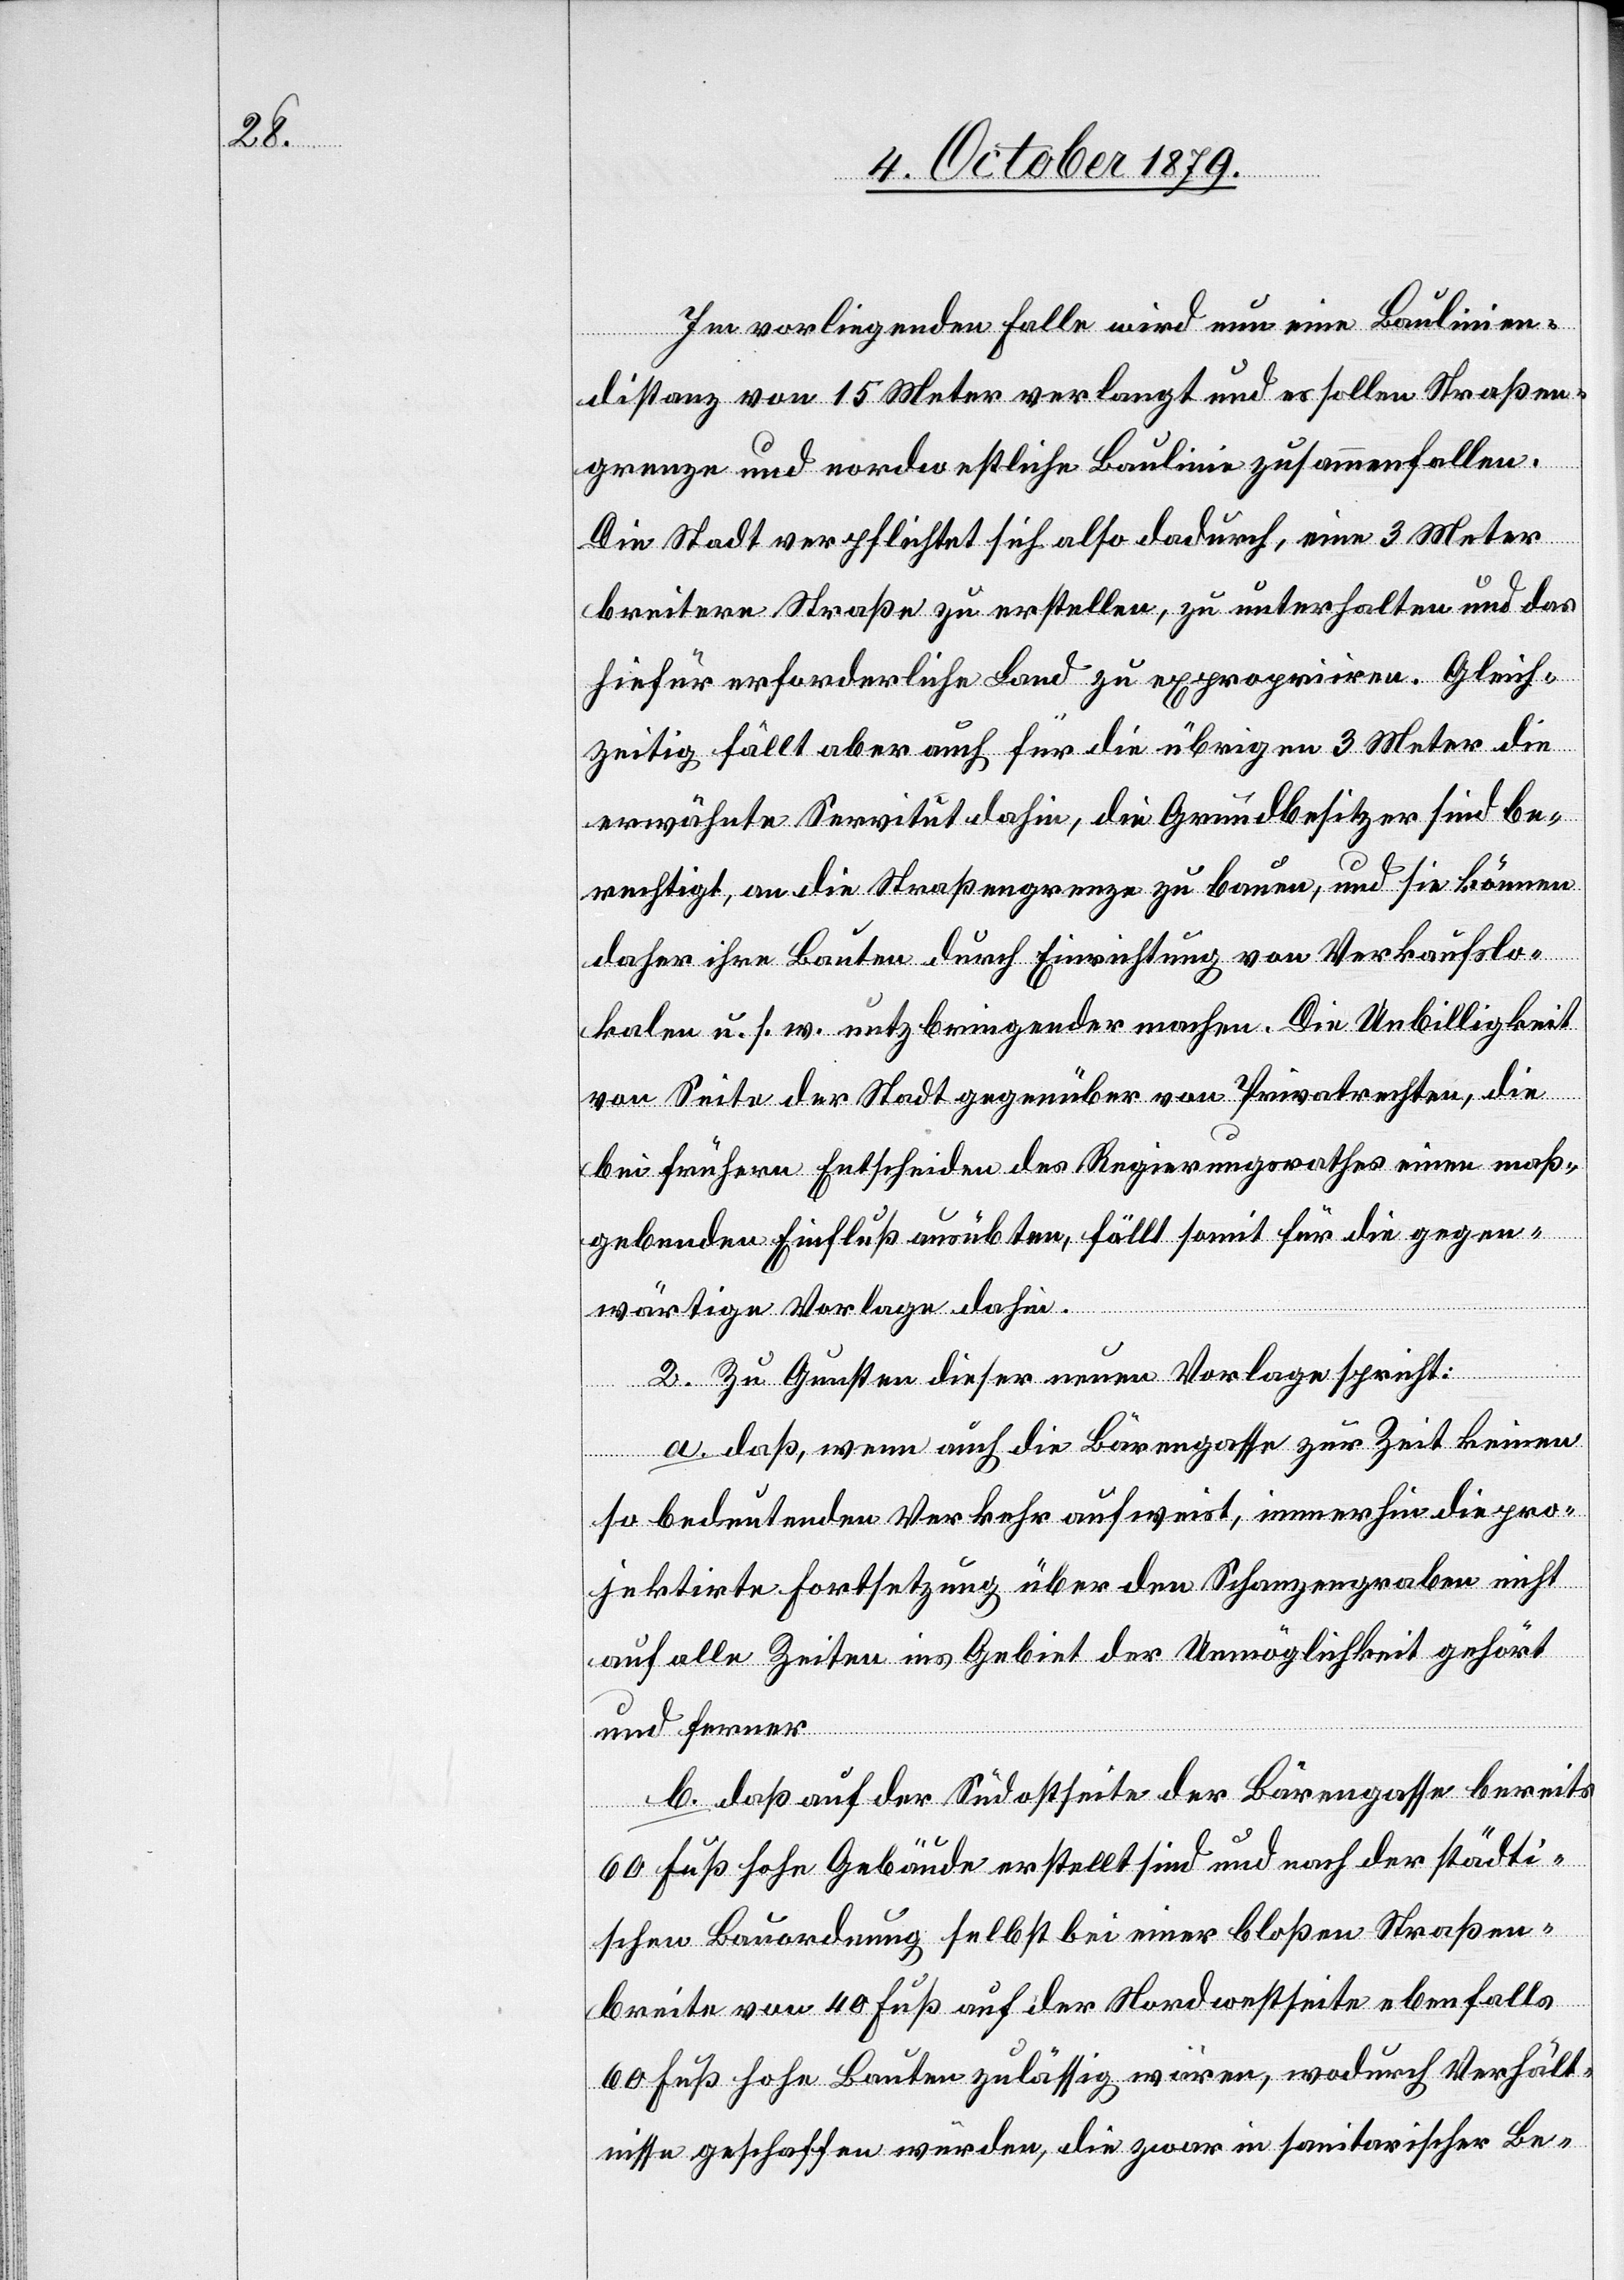
Im vorliegenden Falle wird nun eine Baulinien¬
distanz von 15 Meter verlangt und es sollen Straßen¬
grenze und nordwestliche Baulinie zusammenfallen.
Die Stadt verpflichtet sich also dadurch, eine 3 Meter
breitere Straße zu erstellen, zu unterhalten und das
hiefür erforderliche Land zu expropriiren. Gleich¬
zeitig fällt aber auch für die übrigen 3 Meter die
erwähnte Servitut dahin, die Grundbesitzer sind be¬
rechtigt, um die Straßengrenze zu bauen, und sie können
daher ihre Bauten durch Einrichtung von Verkaufslo¬
kalen u. s. w nutzbringender machen. Die Unbilligkeit
von Seite der Stadt gegenüber von Privatrechten, die
bei frühern Entscheiden des Regierungsrathes einen maß¬
gebenden Einfluß ausübten, fällt somit für die gegen¬
wärtige Vorlage dahin.
2. Zu Gunsten dieser neuen Vorlage spricht:
a. daß, wenn auch die Bärengasse zur Zeit keinen
so bedeutenden Verkehr aufweist, immerhin die pro¬
jektirte Fortsetzung über den Schanzengraben nicht
auf alle Zeiten ins Gebiet der Unmöglichkeit gehört
und ferner
b. daß auf der Südostseite der Bärengasse bereits
60 Fuß hohe Gebäude erstellt sind und nach der städti¬
schen Bauordnung selbst bei einer bloßen Straßen¬
breite von 40 Fuß auf der Nordwestseite ebenfalls
60 Fuß hohe Bauten zulässig wären, wodurch Verhält¬
nisse geschaffen würden, die zwar in sanitarischer be-